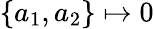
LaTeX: \{ a_{1},a_{2}\} \mapsto 0